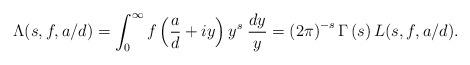
LaTeX: \begin{align*}\Lambda(s, f, a/d) = \int_0^\infty f\left(\frac{a}{d}+iy\right) y^s \; \frac{dy}{y}= \left(2\pi\right)^{-s} \Gamma\left(s\right) L(s, f, a/d).\end{align*}